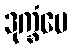
ဒုက္ခံပေ